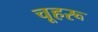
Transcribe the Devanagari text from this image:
चूहरू